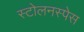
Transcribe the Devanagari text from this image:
स्टोलनस्पेस